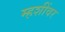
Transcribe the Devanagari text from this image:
म्हशींवर